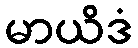
မာယိဒံ